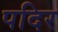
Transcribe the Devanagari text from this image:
पदिर